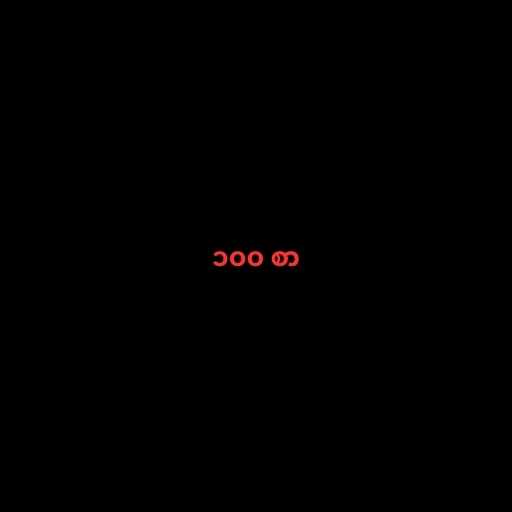
၁၀၀ စာ